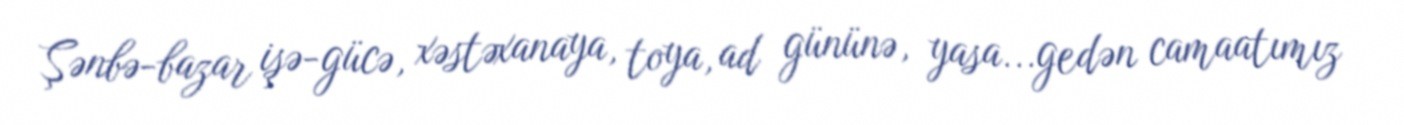
Şənbə-bazar işə-gücə, xəstəxanaya, toya, ad gününə, yasa...gedən camaatımız